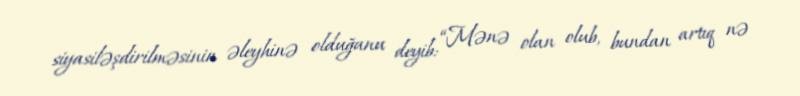
siyasiləşdirilməsinin əleyhinə olduğunu deyib: “Mənə olan olub, bundan artıq nə